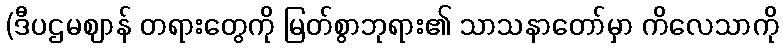
(ဒီပဌမဈာန် တရားတွေကို မြတ်စွာဘုရား၏ သာသနာတော်မှာ ကိလေသာကို